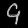
Digit: ၄